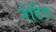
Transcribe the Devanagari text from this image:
नेटिंग